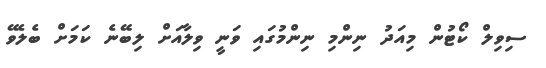
ސިވިލް ކޯޓުން މިއަދު ނިންމި ނިންމުގައި ވަނީ ވިލާއަށް ލިބޭނެ ކަމަށް ބެލެވޭ